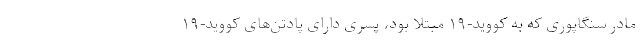
مادر سنگاپوری که به کووید-۱۹ مبتلا بود، پسری دارای پادتن‌های کووید-۱۹